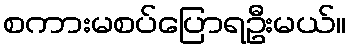
စကားမစပ်ပြောရဦးမယ်။